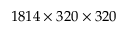
1 8 1 4 \times 3 2 0 \times 3 2 0